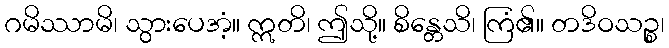
ဂမိဿာမိ၊ သွားပေအံ့။ ဣတိ၊ ဤသို့။ စိန္တေသိ၊ ကြံ၏။ တဒိဝသဉ္စ၊